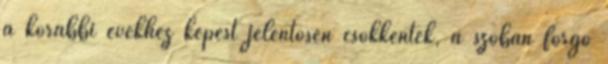
a korábbi évekhez képest jelentősen csökkentek, a szóban forgó